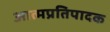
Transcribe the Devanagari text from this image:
आत्मप्रतिपादक